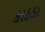
કાકડા